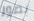
بصور